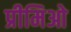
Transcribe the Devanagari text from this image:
प्रीमिओ